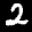
Label: 2